Plague in India, 1896, 1897 - Volume 2
Year: 1896
Disease focus: Plague
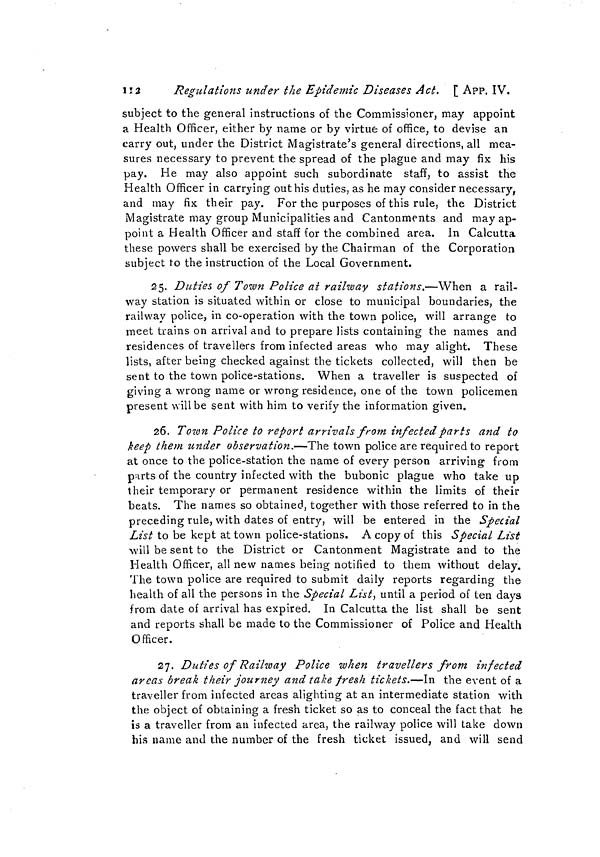
255
APP. IX. ]
spread of infection by sea.
The rules may be left as they originally were with the following
addition :—
"X.—Notwithstanding anything contained in the above-mentioned
rules, no persons wishing to be landed at Aden, Perim or the Somali
Coast from vessels coming from Bombay (or Karachi) shall be per-
mitted to be so landed except from the quarantine anchorage and at
such particular spots as may be selected by the Resident as places of
quarantine under Rule VI above. Such persons (if landed from vessel
coming under Rule III above) shall remain at such places until a period
often days shall have elapsed from the time of their departure from
Bombay (or Karachi). If landed from a vessel coming under Rule IV
above, such persons shall remain at such places for a period of 15 days
from the day of arrival in the harbour. If a case of plague occurs
amongst any such persons during such periods, they shall remain in a
place of quarantine for a period of 15 days from the date of the
occurrence of the last case of such illness."
No. 10 of 1897
Opinion of the Advocate General, Bombay.
I think the course suggested by the Legal Remembrancer will
carry out the directions of the Government of India, and if the rules
are not redrafted almost entirely, it is the best course to adopt. I
would suggest that the rule proposed by the Legal Remembrancer be
adopted for the present, but that the earliest opportunity be taken of
redrafting the rules.
As regards the wording of the proposed new rule, I would suggest
that it should run "notwithstanding any thing contained in the above-
mentioned rules, no persons from vessels coming from Bombay or
Karachi shall land at Aden, Perim or the Somali Coast except from
the quarantine anchorage et seq.," as in the Legal Remembrancer's
draft.
No. 66.
Telegram No. 683, dated Calcutta, the 22nd February 1897.
From—The Secretary to the Government of India, Home Department,
To—The Secretary to the Government of Bombay, General Department.
Your letter 777, dated 12th. Quarantine at Aden. Government
of India do not clearly understand why proposal of Legal Remem-
brancer to leave rules as they originally were with addition of rule 10
given at end of his report does not meet wishes of Bombay Govern-
ment. Please telegraph reply.